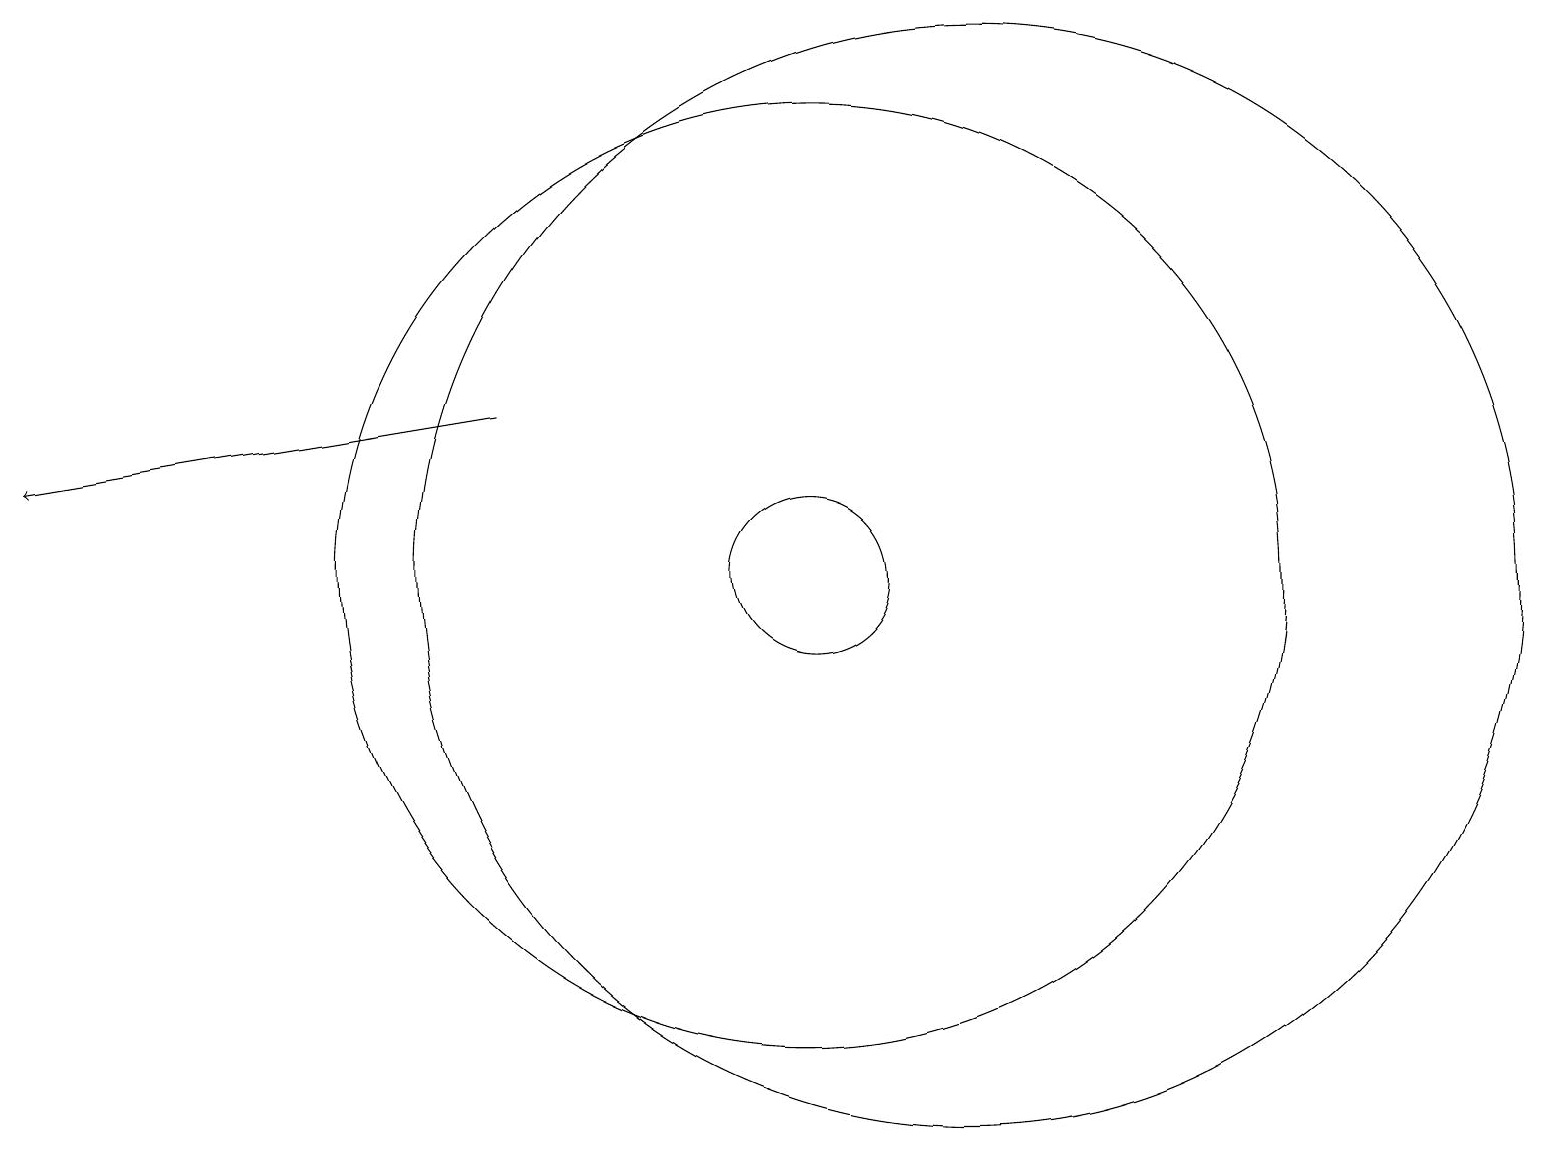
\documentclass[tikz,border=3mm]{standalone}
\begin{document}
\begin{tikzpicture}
\draw (10,10) circle (1);
\draw[->] (6,12) -- (0,11);
\draw (12,10) circle (7);
\draw (10,10) circle (6);
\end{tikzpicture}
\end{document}